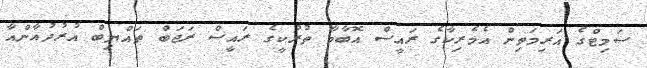
ސަމިޓްގެ އަރިމަތިން އެމެރިކާގެ ރައީސް އޮބާމާ ތުރުކީގެ ރައީސް ރަޖަބް ތައްޔިބް އުރުދުޣާންއާ